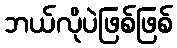
ဘယ်လိုပဲဖြစ်ဖြစ်